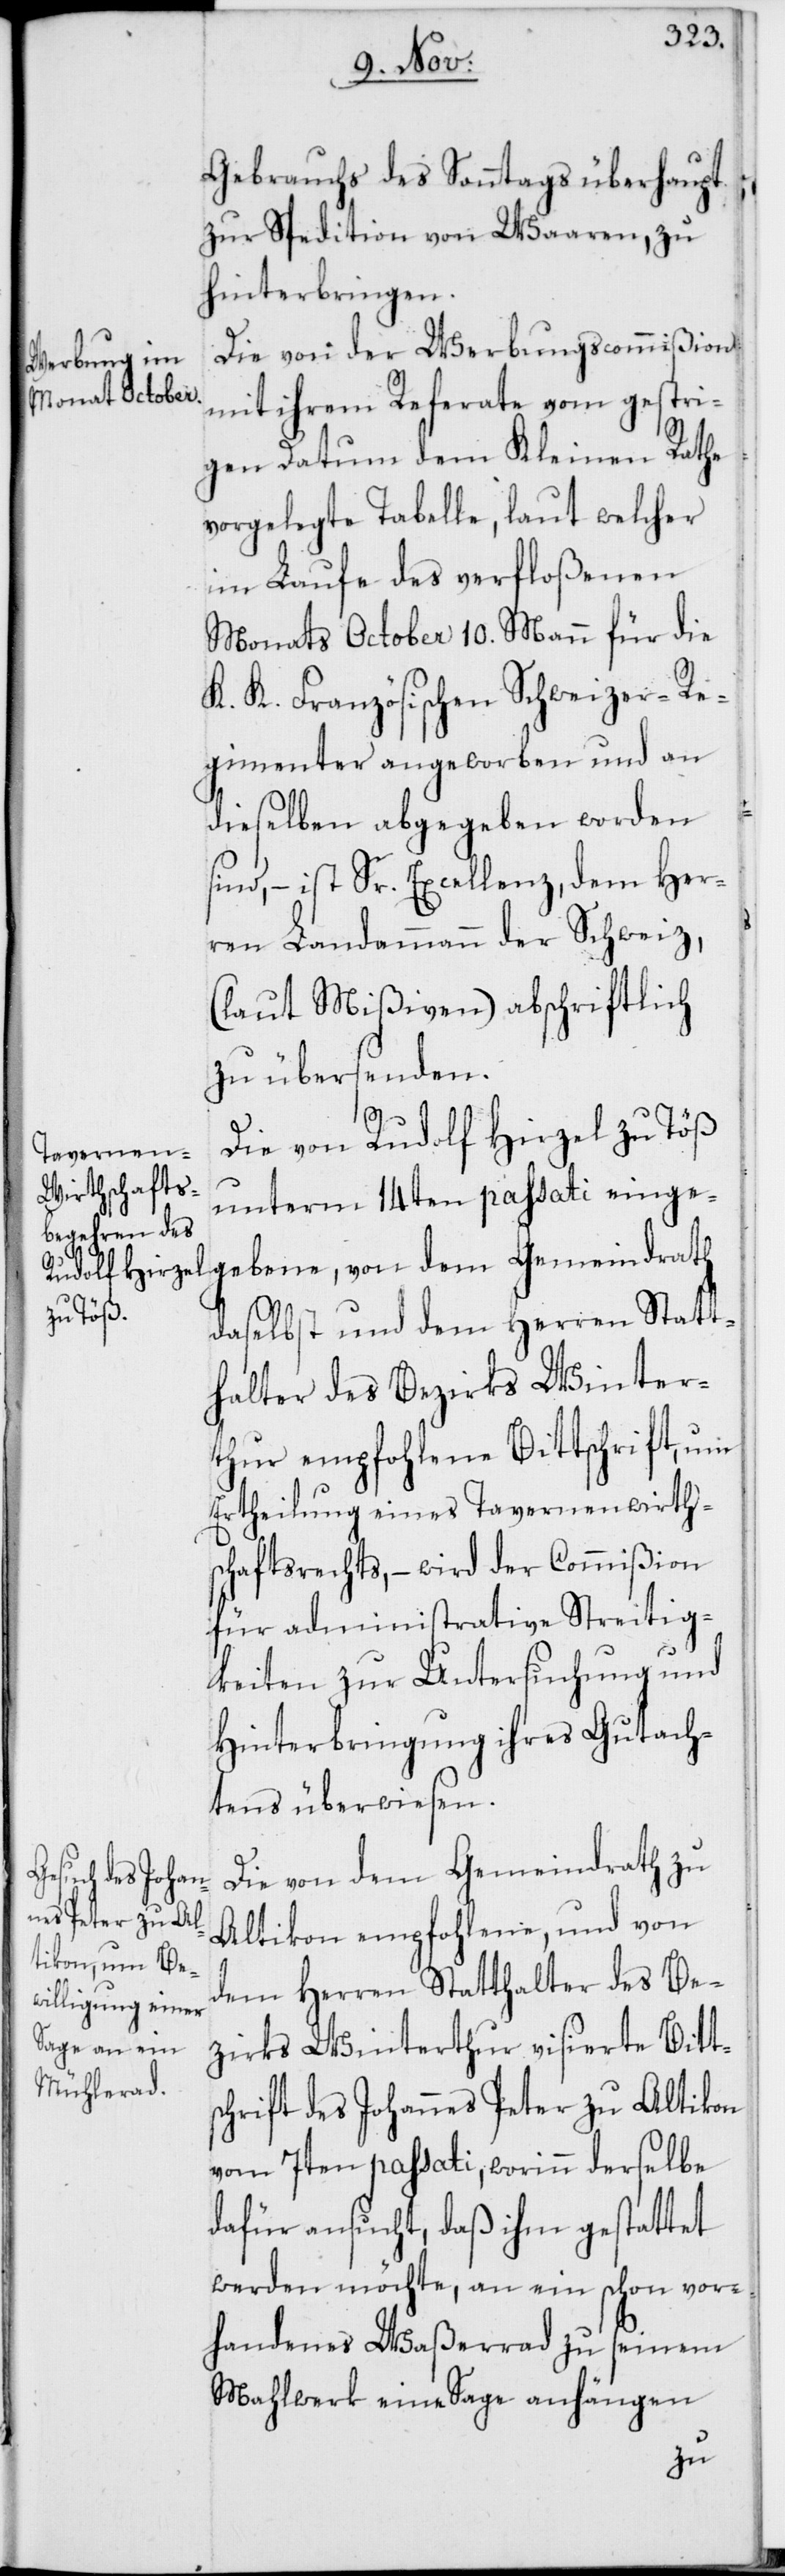
Gebrauchs des Sonntags überhaupt
zur Spedition von Waaren zu
hinterbringen.
Die von der Werbungscommißion
mit ihrem Referate vom gestri¬
gen Datum dem Kleinen Rathe
vorgelegte Tabelle, laut welcher
im Laufe des verfloßenen
Monats October 10. Mann für die
K. K. Französischen Schweizer-Re¬
gimenter angeworben und an
dieselben abgegeben worden
sind, – ist Sr. Excellenz, dem Her¬
ren Landammann der Schweiz
(laut Mißiven), abschriftlich
zu übersenden.
Die von Rudolf Hirzel zu Töß
unterm 14ten passati eingegeb¬
daselbst und dem Herren Statt¬
halter des Bezirks Winter¬
thur empfohlene Bittschrift, um
Ertheilung eines Tavernenwirths¬
chaftsrechts, – wird der Commißion
für administrative Streitig¬
keiten zur Untersuchung und
Hinterbringung ihres Gutach¬
tens überwiesen.
Die von dem Gemeindrath zu
Altikon empfohlene, und von
dem Herren Statthalter des Be¬
zirks Winterthur visierte Bitt¬
schrift des Johannes Peter zu Altikon
vom 7ten passati, worinn derselbe
dafür ansucht, daß ihm gestattet
werden möchte, an ein schon vor¬
handenes Waßerrad zu seinem
Mahlwerk eine Sage anhängen